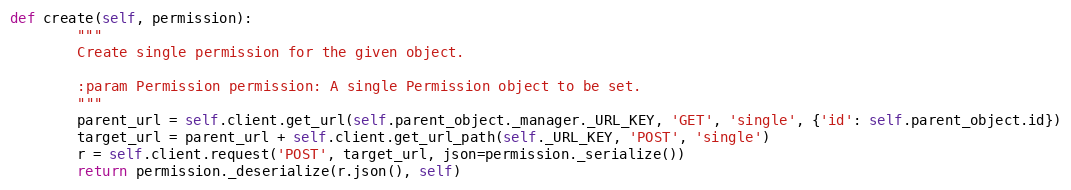
Language: Python
def create(self, permission):
        """
        Create single permission for the given object.

        :param Permission permission: A single Permission object to be set.
        """
        parent_url = self.client.get_url(self.parent_object._manager._URL_KEY, 'GET', 'single', {'id': self.parent_object.id})
        target_url = parent_url + self.client.get_url_path(self._URL_KEY, 'POST', 'single')
        r = self.client.request('POST', target_url, json=permission._serialize())
        return permission._deserialize(r.json(), self)